Loona_vallavalitsus_Kihelkonna_kihelkonnas, lk 23
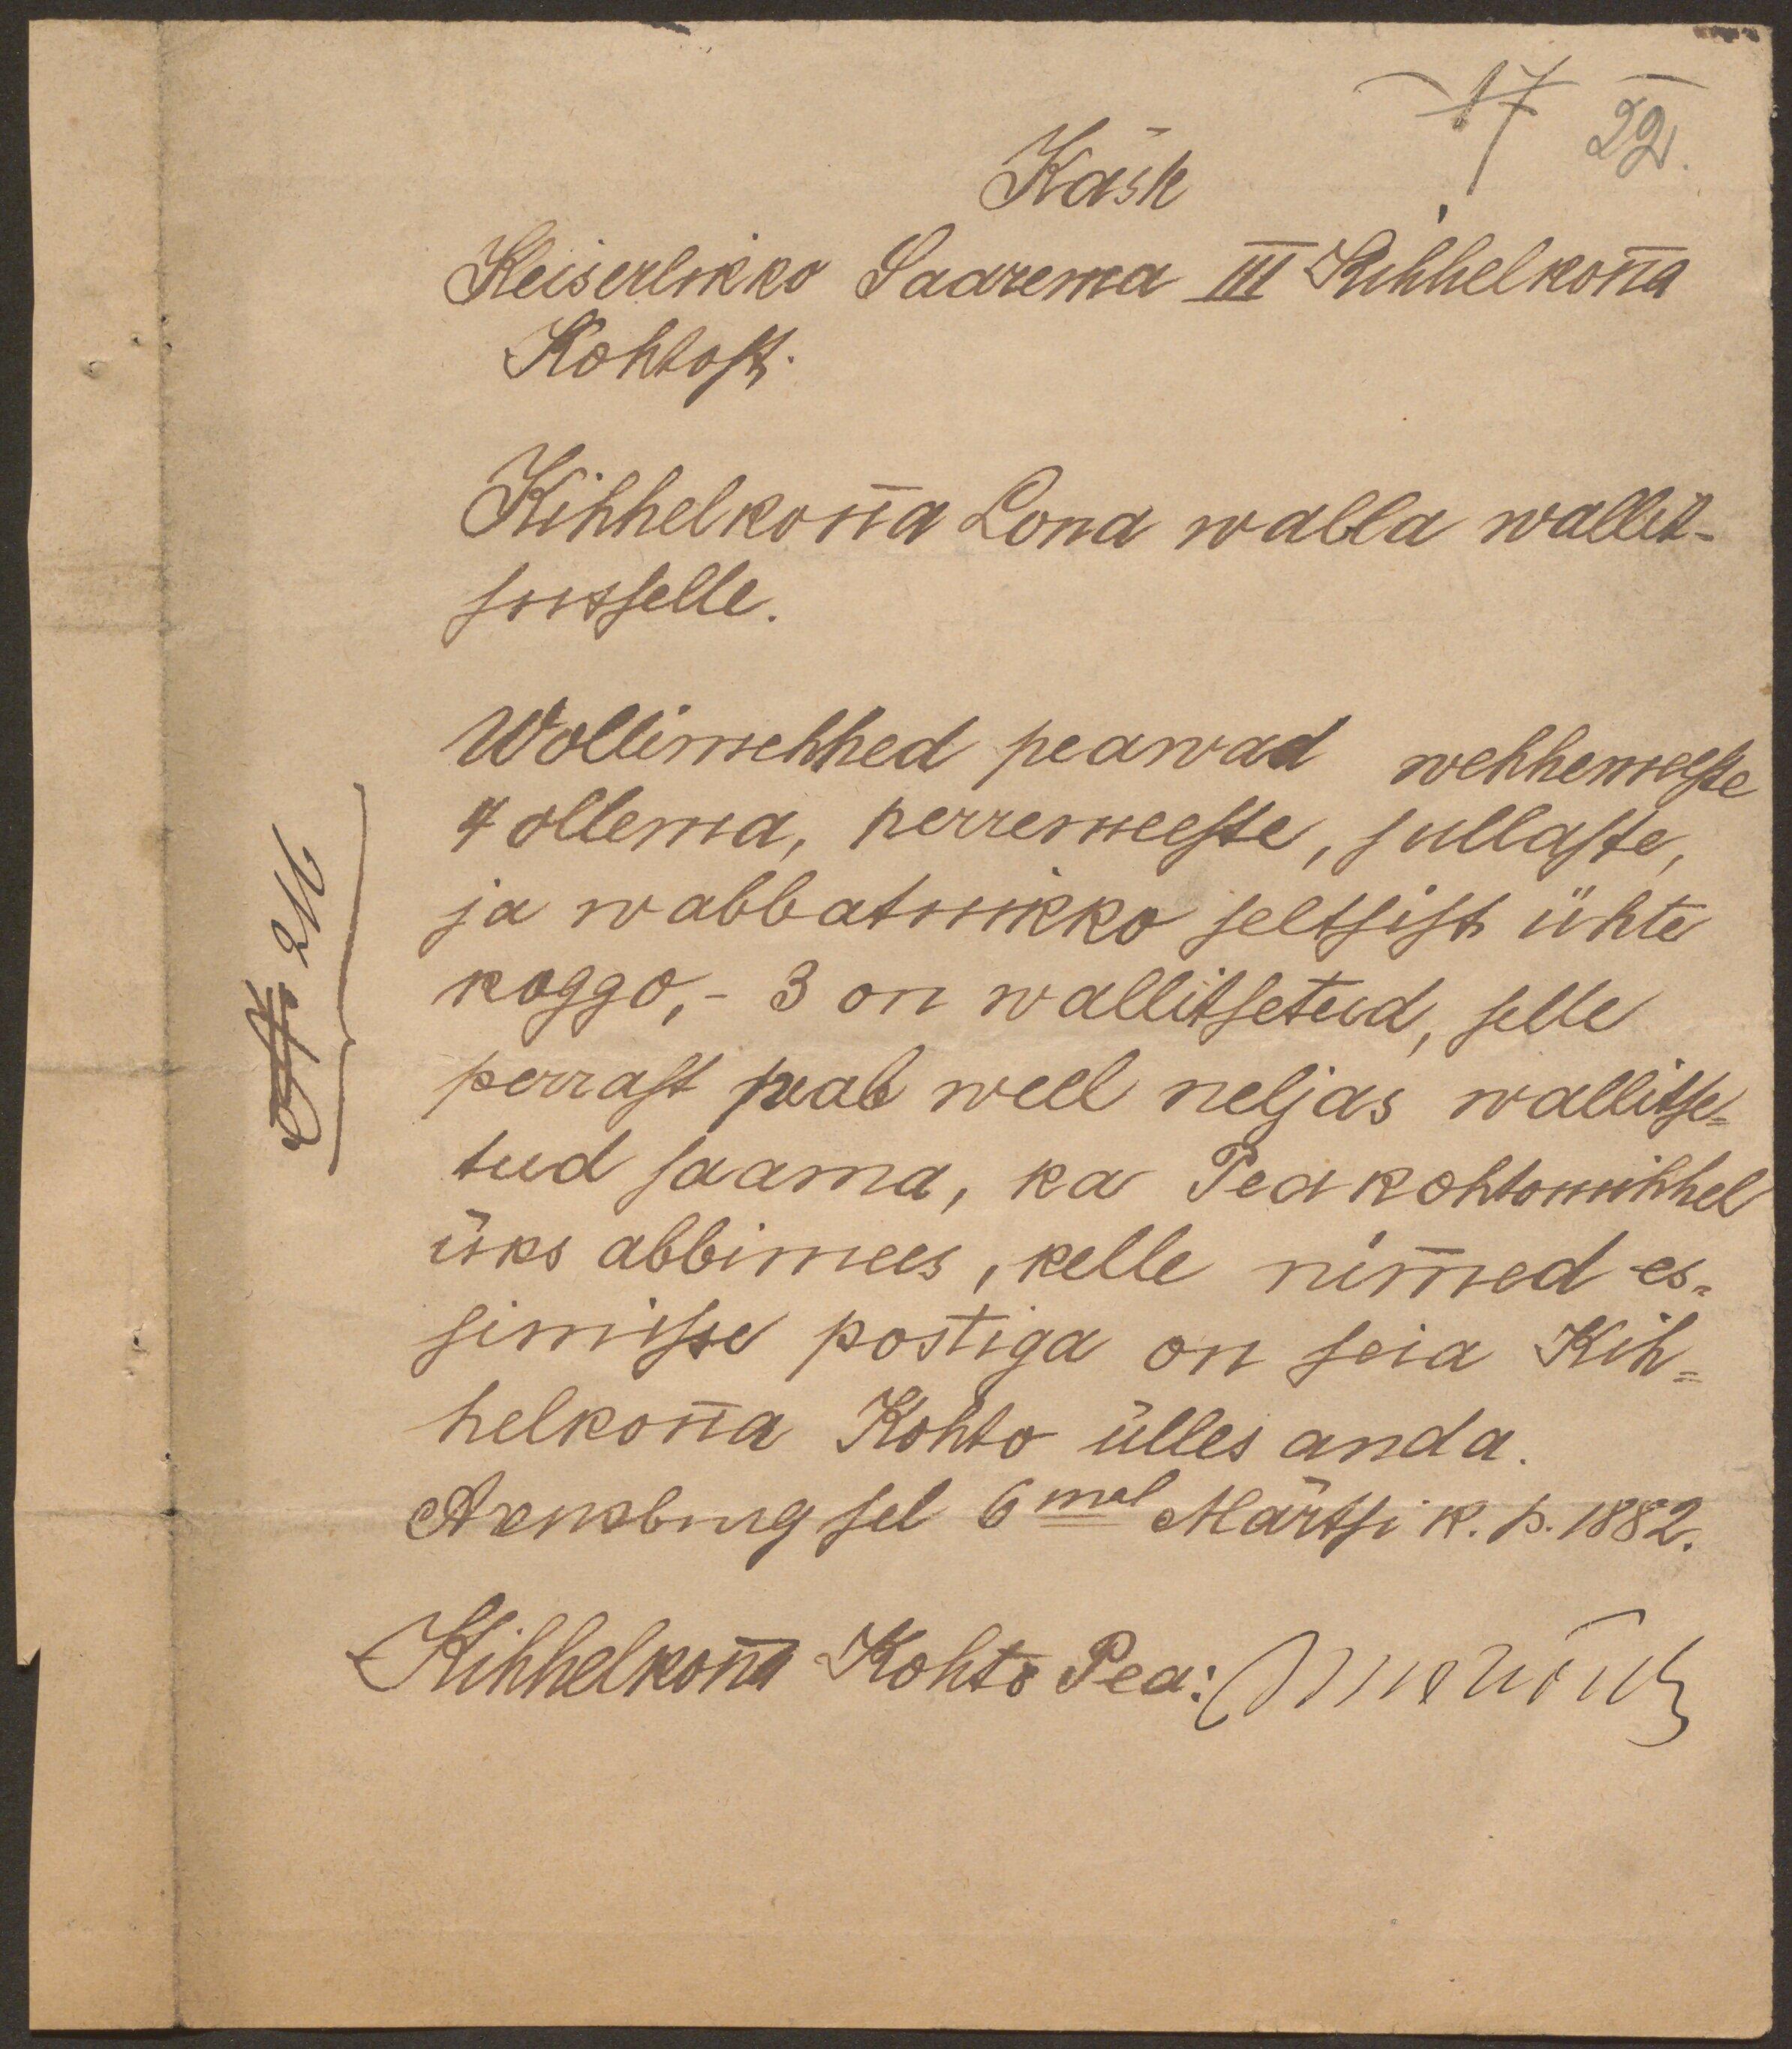
Käsk
17 22.
Keiserlikko Saarema III Kihhelkonna
Kohtost.
Kihhelkonna Lona walla wallit-
suselle.
Wollimehhed peawad wehhemaste
4 ollema, perremeeste, sullaste,
No 216
ja wabbatnikko seltsist ühte
koggo,- 3 on wallitsetud, selle
perrast peab weel neljas wallitse-
tud saama, ka Peakohtomihhel
üks abbimees, kelle nimmed es-
simisse postiga on seia Kih-
helkonna Kohto ülles anda.
Arensburg sel 6mal Märtsi k. p. 1882.
Kihhelkona Kohto Pea: (пешь м-